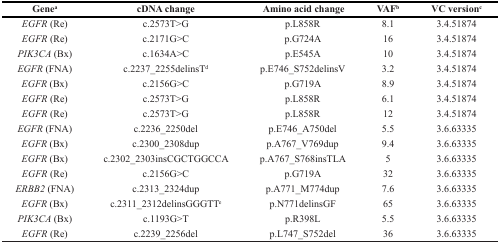
<table><thead><tr><td><b>Gene<sup>a</sup></b></td><td><b>cDNA change</b></td><td><b>Amino acid change</b></td><td><b>VAF<sup>b</sup></b></td><td><b>VC version<sup>c</sup></b></td></tr></thead><tbody><tr><td><i>EGFR</i> (Re)</td><td>c.2573T&gt;G</td><td>p.L858R</td><td>8.1</td><td>3.4.51874</td></tr><tr><td><i>EGFR</i> (Re)</td><td>c.2171G&gt;C</td><td>p.G724A</td><td>16</td><td>3.4.51874</td></tr><tr><td><i>PIK3CA</i> (Bx)</td><td>c.1634A&gt;C</td><td>p.E545A</td><td>10</td><td>3.4.51874</td></tr><tr><td><i>EGFR</i> (FNA)</td><td>c.2237_2255delinsT<sup>d</sup></td><td>p.E746_S752delinsV</td><td>3.2</td><td>3.4.51874</td></tr><tr><td><i>EGFR</i> (Bx)</td><td>c.2156G&gt;C</td><td>p.G719A</td><td>8.9</td><td>3.4.51874</td></tr><tr><td><i>EGFR</i> (Re)</td><td>c.2573T&gt;G</td><td>p.L858R</td><td>6.1</td><td>3.4.51874</td></tr><tr><td><i>EGFR</i> (Re)</td><td>c.2573T&gt;G</td><td>p.L858R</td><td>12</td><td>3.4.51874</td></tr><tr><td><i>EGFR</i> (FNA)</td><td>c.2236_2250del</td><td>p.E746_A750del</td><td>5.5</td><td>3.6.63335</td></tr><tr><td><i>EGFR</i> (Bx)</td><td>c.2300_2308dup</td><td>p.A767_V769dup</td><td>9.4</td><td>3.6.63335</td></tr><tr><td><i>EGFR</i> (Bx)</td><td>c.2302_2303insCGCTGGCCA</td><td>p.A767_S768insTLA</td><td>5</td><td>3.6.63335</td></tr><tr><td><i>EGFR</i> (Re)</td><td>c.2156G&gt;C</td><td>p.G719A</td><td>32</td><td>3.6.63335</td></tr><tr><td><i>ERBB2</i> (FNA)</td><td>c.2313_2324dup</td><td>p.A771_M774dup</td><td>7.6</td><td>3.6.63335</td></tr><tr><td><i>EGFR</i> (Bx)</td><td>c.2311_2312delinsGGGTT<sup>e</sup></td><td>p.N771delinsGF</td><td>65</td><td>3.6.63335</td></tr><tr><td><i>PIK3CA</i> (Bx)</td><td>c.1193G&gt;T</td><td>p.R398L</td><td>5.5</td><td>3.6.63335</td></tr><tr><td><i>EGFR</i> (Re)</td><td>c.2239_2256del</td><td>p.L747_S752del</td><td>36</td><td>3.6.63335</td></tr></tbody></table>